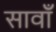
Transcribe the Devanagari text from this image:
सावाँ